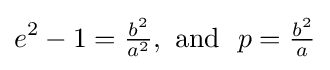
e^{2}-1={\tfrac {b^{2}}{a^{2}}},{\text{ and }}\ p={\tfrac {b^{2}}{a}}